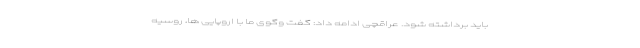
باید برداشته شود. عراقچی ادامه داد: گفت وگوی ما با اروپایی ها، روسیه